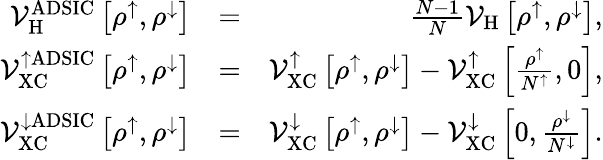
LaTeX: \begin{array}{rlr}{\mathcal{V}_{\mathrm{H}}^{\mathrm{ADSIC}}\left[\rho^{\uparrow},\rho^{\downarrow}\right]}&{=}&{\frac{N-1}{N}\mathcal{V}_{\mathrm{H}}\left[\rho^{\uparrow},\rho^{\downarrow}\right],}\\ {\mathcal{V}_{\mathrm{XC}}^{\uparrow\mathrm{ADSIC}}\left[\rho^{\uparrow},\rho^{\downarrow}\right]}&{=}&{\mathcal{V}_{\mathrm{XC}}^{\uparrow}\left[\rho^{\uparrow},\rho^{\downarrow}\right]-\mathcal{V}_{\mathrm{XC}}^{\uparrow}\left[\frac{\rho^{\uparrow}}{N^{\uparrow}},0\right],}\\ {\mathcal{V}_{\mathrm{XC}}^{\downarrow\mathrm{ADSIC}}\left[\rho^{\uparrow},\rho^{\downarrow}\right]}&{=}&{\mathcal{V}_{\mathrm{XC}}^{\downarrow}\left[\rho^{\uparrow},\rho^{\downarrow}\right]-\mathcal{V}_{\mathrm{XC}}^{\downarrow}\left[0,\frac{\rho^{\downarrow}}{N^{\downarrow}}\right].}\end{array}